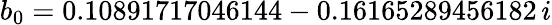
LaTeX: b_{0}=0.10891717046144-0.16165289456182\, i